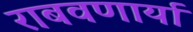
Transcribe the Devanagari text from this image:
राबवणार्या